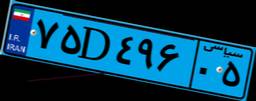
۰۴D۱۸۳۹۸